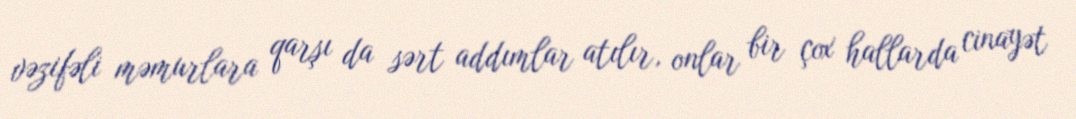
vəzifəli məmurlara qarşı da sərt addımlar atılır, onlar bir çox hallarda cinayət